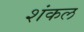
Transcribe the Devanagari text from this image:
शंकल